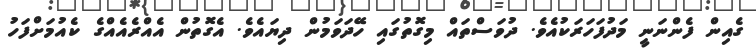
ގެއިން ފެންނަނީ މަދުފަހަރަކުއެވެ. ދުވަސްތައް މިގޮތުގައި ހޭދަވަމުން ދިޔައެވެ. އެގޮތުން އެއްރެއެއްގެ ކެއުމަށްފަހު